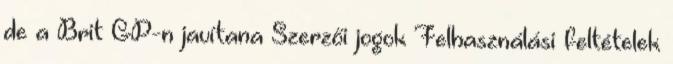
de a Brit GP-n javítana Szerzői jogok Felhasználási feltételek